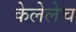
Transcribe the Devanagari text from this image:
केलेलेच